Annual report on the working of the lock hospitals in the Central Provinces
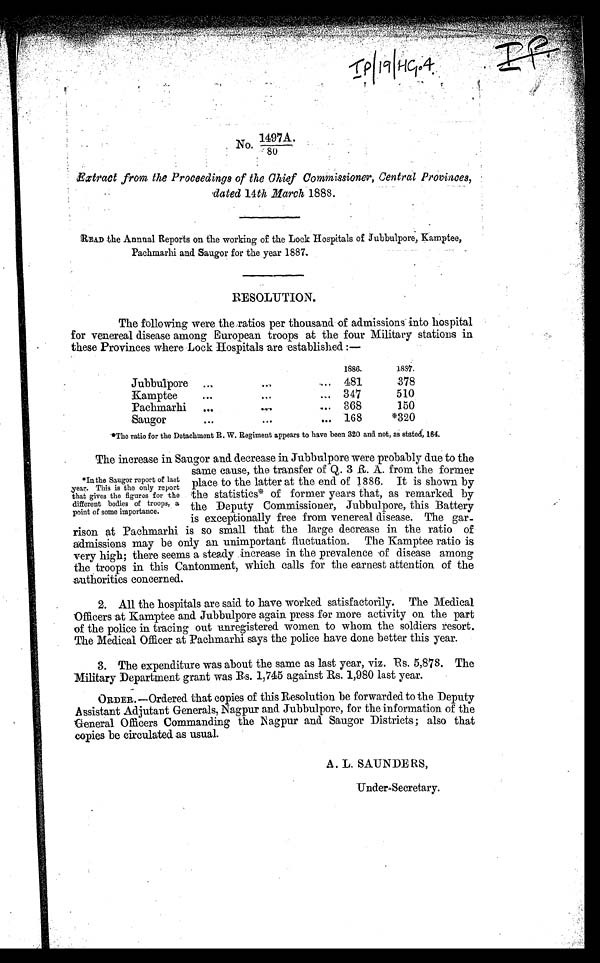
I.P
No. 1497A.
80
Extract from the Proceedings of the Chief Commissioner, Central Provinces, . _......
dated 14th March 1888.
READ the Anneal Reports on the working of the Lock Hospitals of Subbulpore, Kamptee,
Pachmarhi and Saugor for the year 1887..
RESOLUTION.
The following were the ratios per thousand of admissions into hospital
for venereal disease among European troops at the four Military stations in
these Provinces where Lock Hospitals are established :—
1886.
1887.
Jubbulpore ...
-.
• e
481
378
Kamptee
...
347
510
Pachmarhi „,
.....
.... 868
150
Saugor
,.. 168
*320
*The ratio for the Detachment R. W. Regiment appears to have been 320 and not, as stated, 184.
The increase in Saugor and decrease in Jubbulpore were probably due to the
same cause, the transfer of Q. 3 R. A. from the former
place to the latter at the end of 1886. It is shown by
the statistics of former years that, as remarked by
the Deputy Commissioner, Jubbulpore, this Battery
is exceptionally free from venereal disease. The gar..
rison at Pachmarhi is so small that the large decrease in the ratio of
admissions may be only an unimportant fluctuation. The Kamptee ratio is
very high; there seems a steady increase in. the prevalence .of disease among
the troops in this Cantonment, which calls for the earnest attention of the
authorities concerned.
2. All the hospitals are said to have worked satisfactorily. The Medical
Officers at Kamptee and Jubbulpore again press for more activity on the part
of the police in tracing out unregistered women to whom the soldiers resort.
The Medical Officer at Pachmarhi says the police have done better this year.
3. The expenditure was about the same as last year, viz. Rs. 5,878. The
Military Department grant was Bs. 1,745 against Rs. 1,980 last year.
••
ORDER. —Ordered that copies of this Resolution be forwarded to the Deputy
Assistant Adjutant Generals, Nagpur and Jubbulpore, for the information of the
General Officers Commanding the Nagpur and Saugor Districts; also that
copies be circulated as usual.
A . L. SAUNDE RS,
Under-Secretary.
*lathe Saugor report of last
;year. This is the only- report
that gives the figures for the
different bodies of troops, a
point of some importance.